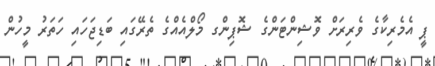
ޕީ އެމެރިކާގެ ވެރިރަށް ވޮޝިންޓަންގެ ޝޮޕިންގ މޯލްއެއްގެ ތެރޭގައި ބަޑިޖަހައި ހަތަރު މީހުން